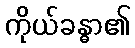
ကိုယ်ခန္ဓာ၏